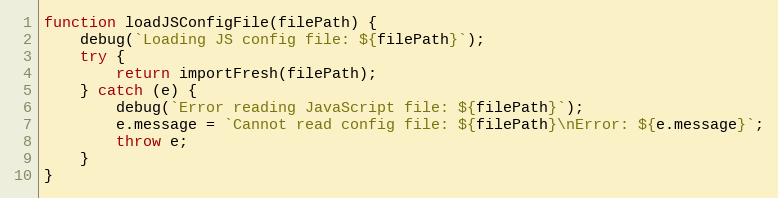
Language: JavaScript
function loadJSConfigFile(filePath) {
    debug(`Loading JS config file: ${filePath}`);
    try {
        return importFresh(filePath);
    } catch (e) {
        debug(`Error reading JavaScript file: ${filePath}`);
        e.message = `Cannot read config file: ${filePath}\nError: ${e.message}`;
        throw e;
    }
}